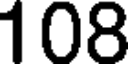
108